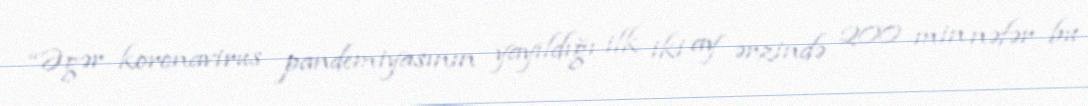
“Əgər koronavirus pandemiyasının yayıldığı ilk iki ay ərzində 200 min nəfər bu